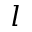
l